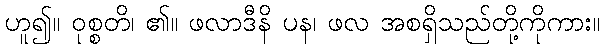
ဟူ၍။ ဝုစ္စတိ၊ ၏။ ဖလာဒီနိ ပန၊ ဖလ အစရှိသည်တို့ကိုကား။